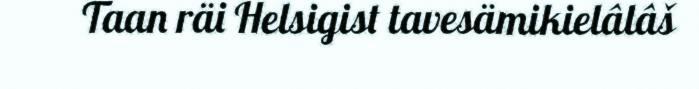
Taan räi Helsigist tavesämikielâlâš